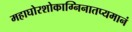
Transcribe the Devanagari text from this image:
महाघोरशोकाग्निनातप्यमानं